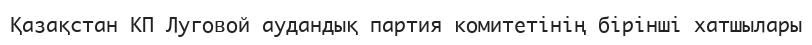
Қазақстан КП Луговой аудандық партия комитетінің бірінші хатшылары